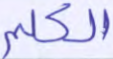
الكلم